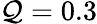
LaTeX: \mathcal{Q}=0.3